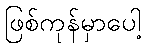
ဖြစ်ကုန်မှာပေါ့